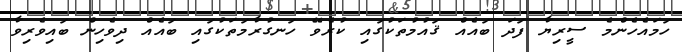
ހަމައެހެންމެ ސީރިޔާ ފަދަ ބައެއް ޤައުމުތަކުގައި ކުރެވޭ ހަނގުރާމަތަކުގައި ބައެއް ދިވެހިން ބައިވެރިވާ